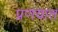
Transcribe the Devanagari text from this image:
प्रणयात